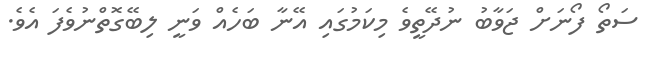
ސަތޯ ފޯނަށް ޖަވާބު ނުދޭތީވެ މިކަމުގައި އޭނާ ބަހެއް ވަނީ ލިބޭގޮތްނުވެފަ އެވެ.